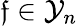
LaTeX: \mathfrak{f}\in\mathcal{{Y}}_{n}